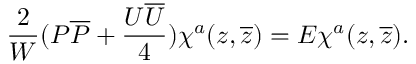
\frac { 2 } { W } ( { \cal P } { \overline { { { \cal P } } } } + \frac { U \overline { { { U } } } } { 4 } ) \chi ^ { a } ( z , \overline { { { z } } } ) = E \chi ^ { a } ( z , \overline { { { z } } } ) .